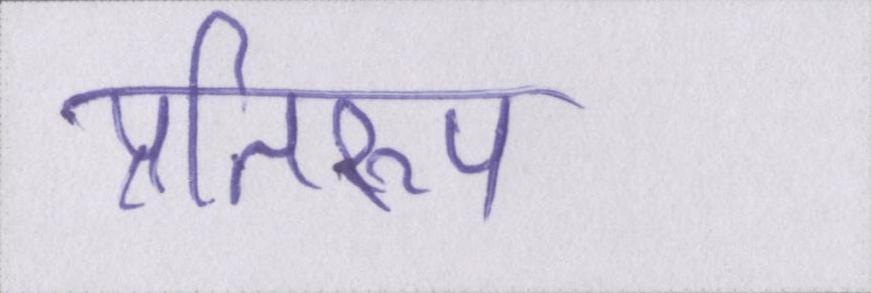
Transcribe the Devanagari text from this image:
प्रतिरूप